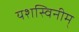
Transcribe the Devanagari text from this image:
यशस्विनीम्‌